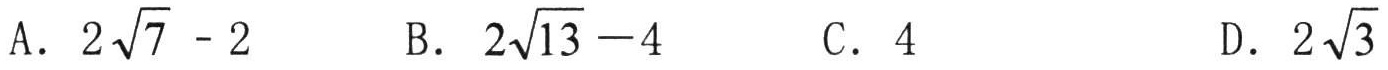
A. \(2\sqrt{7}-2\)

B. \(2\sqrt{13}-4\)

C. \(4\)

D. \(2\sqrt{3}\)